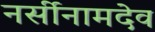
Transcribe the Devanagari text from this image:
नर्सीनामदेव